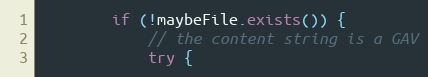
Language: Java
        if (!maybeFile.exists()) {
            // the content string is a GAV
            try {